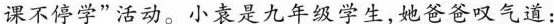
课不停学”活动。小袁是九年级学生，她爸爸叹气道：